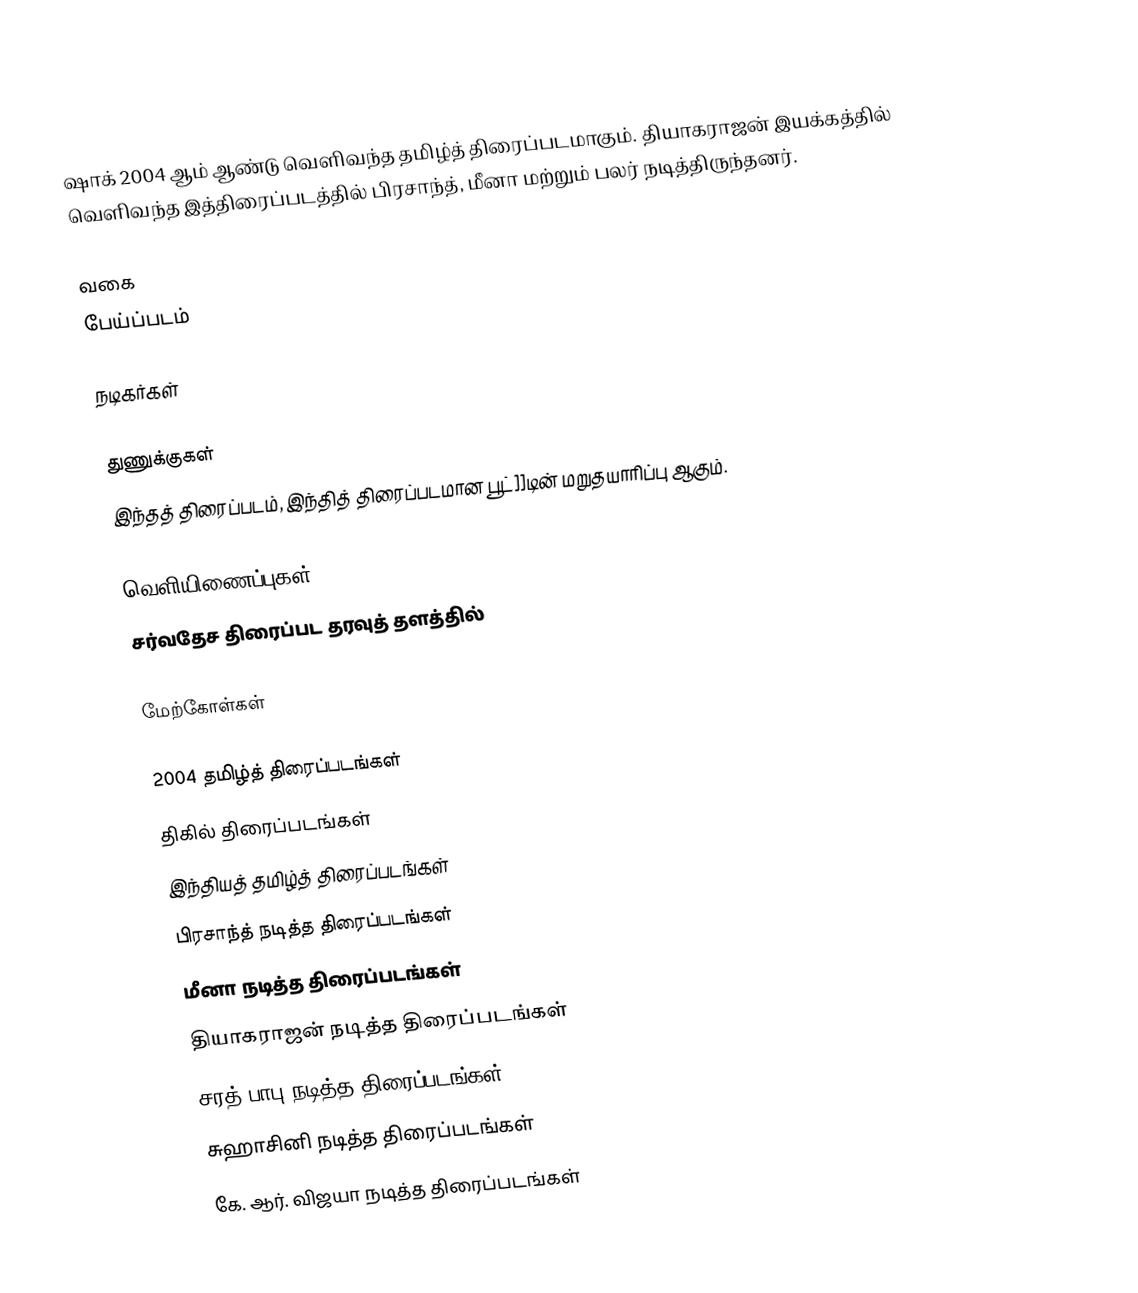
ஷாக் 2004 ஆம் ஆண்டு வெளிவந்த தமிழ்த் திரைப்படமாகும். தியாகராஜன் இயக்கத்தில் வெளிவந்த இத்திரைப்படத்தில் பிரசாந்த், மீனா மற்றும் பலர் நடித்திருந்தனர்.

வகை
பேய்ப்படம்

நடிகர்கள்

துணுக்குகள்
இந்தத் திரைப்படம், இந்தித் திரைப்படமான பூட்]]டின் மறுதயாரிப்பு ஆகும்.

வெளியிணைப்புகள்
சர்வதேச திரைப்பட தரவுத் தளத்தில்

மேற்கோள்கள்

2004 தமிழ்த் திரைப்படங்கள்
திகில் திரைப்படங்கள்
இந்தியத் தமிழ்த் திரைப்படங்கள்
பிரசாந்த் நடித்த திரைப்படங்கள்
மீனா நடித்த திரைப்படங்கள்
தியாகராஜன் நடித்த திரைப்படங்கள்
சரத் பாபு நடித்த திரைப்படங்கள்
சுஹாசினி நடித்த திரைப்படங்கள்
கே. ஆர். விஜயா நடித்த திரைப்படங்கள்